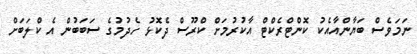
ނަމަވެސް ބަޔާންއާއެކު ކޮންޓްރެކްޓް އާކުރުމަށް ކްރޫސް ދެކޮޅު ހެދުމުގެ ސަބަބުން އެ ކްލަބަށް